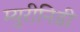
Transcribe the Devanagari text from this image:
म्युरीनिडी